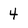
Character: 4